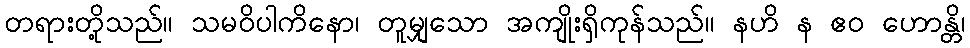
တရားတို့သည်။ သမဝိပါကိနော၊ တူမျှသော အကျိုးရှိကုန်သည်။ နဟိ န ဧဝ ဟောန္တိ၊